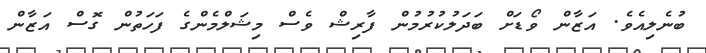
ބުނެލިއެވެ. އަޒާން ވޯޑަށް ބަދަލުކުރުމުން ފާރިޝް ވެސް މިޝަލްމެންގެ ފަހަތުން ގޮސް އަޒާން